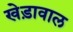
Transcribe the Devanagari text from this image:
खेड़ावाल